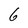
Character: 6